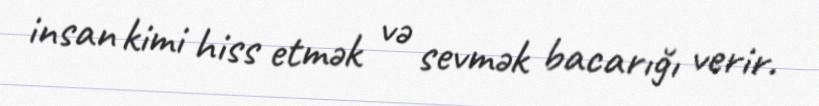
insan kimi hiss etmək və sevmək bacarığı verir.